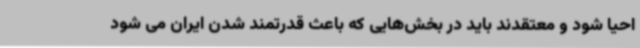
احیا شود و معتقدند باید در بخش‌هایی که باعث قدرتمند شدن ایران می شود